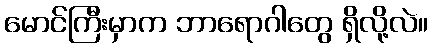
မောင်ကြီးမှာက ဘာရောဂါတွေ ရှိလို့လဲ။